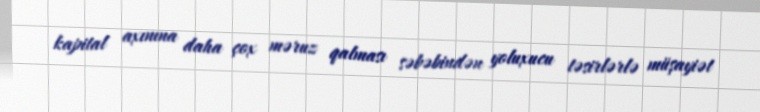
kapital axınına daha çox məruz qalması səbəbindən yoluxucu təsirlərlə müşayiət